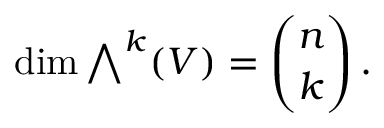
\dim { \textstyle \bigwedge } ^ { k } ( V ) = { \binom { n } { k } } \, .